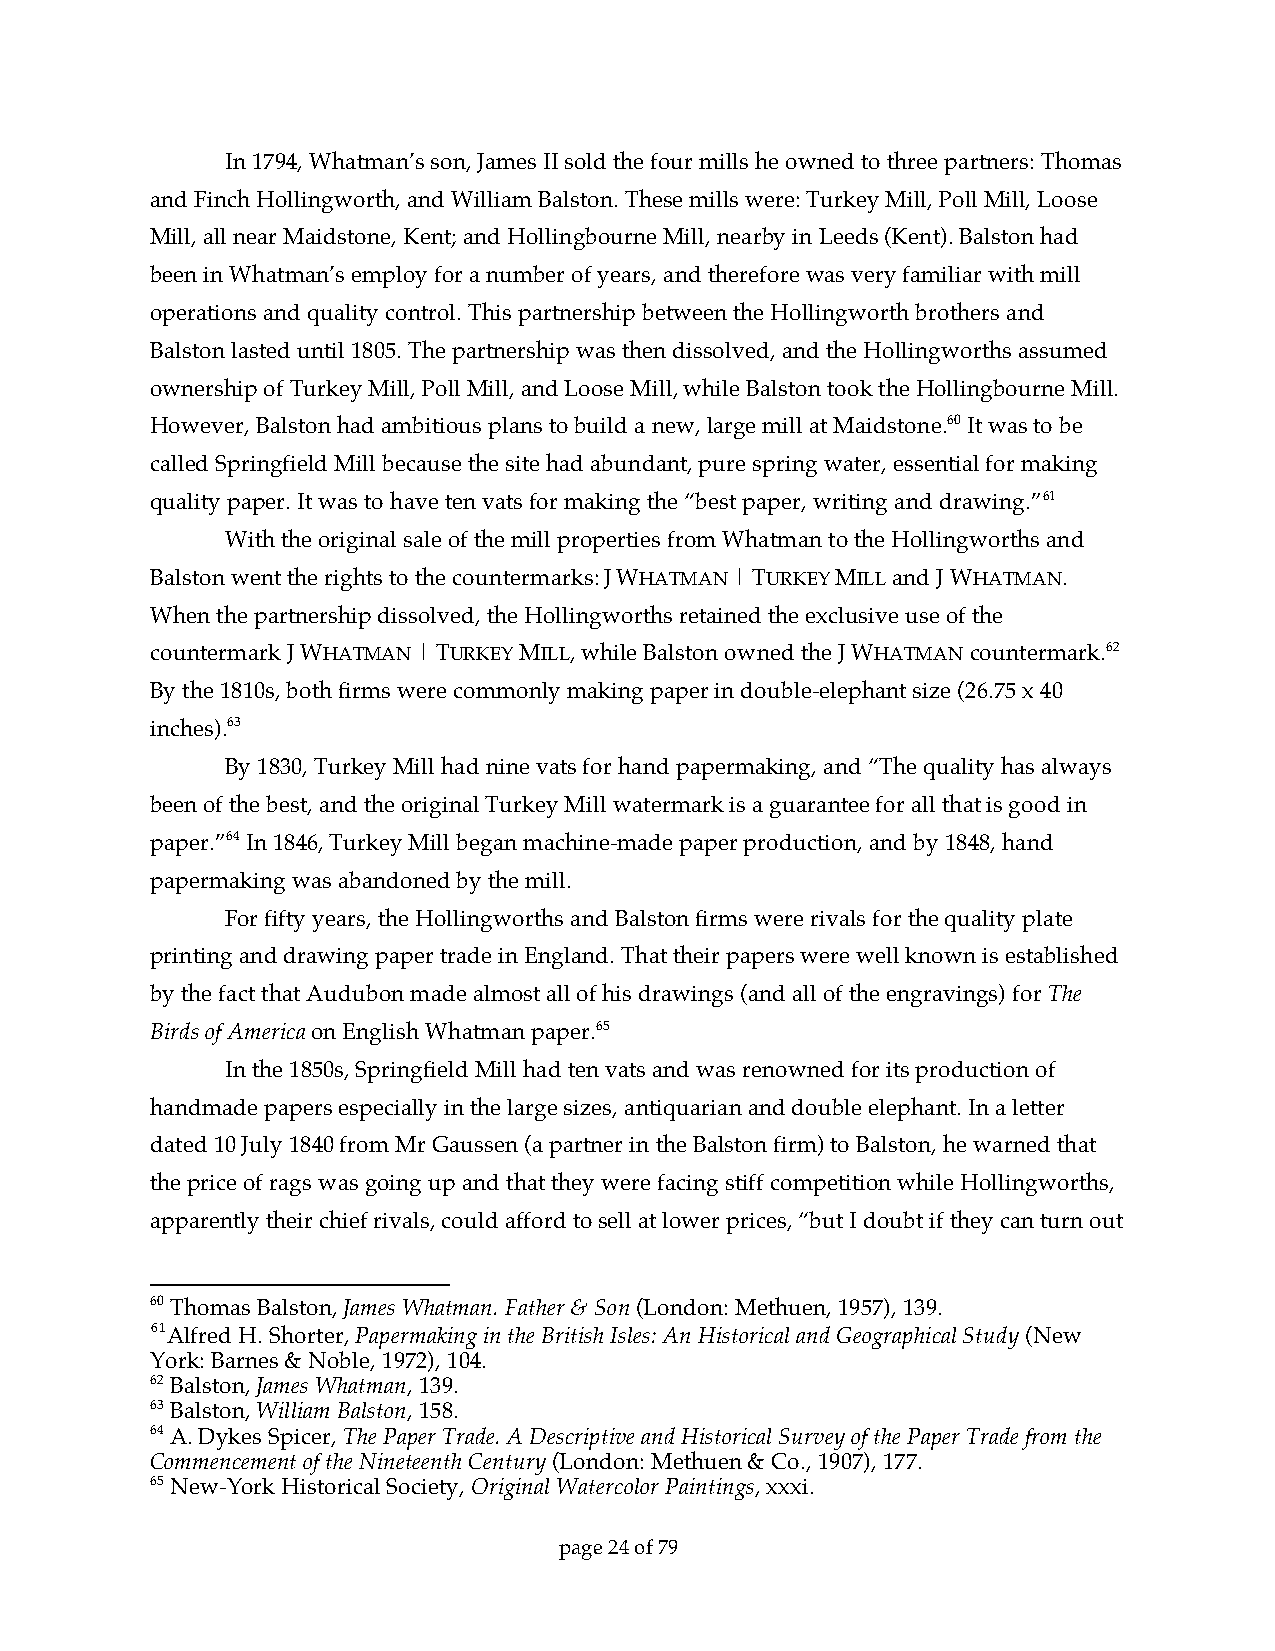
In 1794, Whatman’s son, James II sold the four mills he owned to three partners: Thomas
 and Finch Hollingworth, and William Balston. These mills were: Turkey Mill, Poll Mill, Loose
 Mill, all near Maidstone, Kent; and Hollingbourne Mill, nearby in Leeds (Kent). Balston had
 been in Whatman’s employ for a number of years, and therefore was very familiar with mill
 operations and quality control. This partnership between the Hollingworth brothers and
 Balston lasted until 1805. The partnership was then dissolved, and the Hollingworths assumed
 ownership of Turkey Mill, Poll Mill, and Loose Mill, while Balston took the Hollingbourne Mill.
 However, Balston had ambitious plans to build a new, large mill at Maidstone.60 It was to be
 called Springfield Mill because the site had abundant, pure spring water, essential for making
 quality paper. It was to have ten vats for making the “best paper, writing and drawing.”61
 With the original sale of the mill properties from Whatman to the Hollingworths and
 Balston went the rights to the countermarks: J WHATMAN | TURKEY MILL and J WHATMAN.
 When the partnership dissolved, the Hollingworths retained the exclusive use of the
 countermark J WHATMAN | TURKEY MILL, while Balston owned the J WHATMAN countermark.62
 By the 1810s, both firms were commonly making paper in double-elephant size (26.75 x 40
 inches).63
 By 1830, Turkey Mill had nine vats for hand papermaking, and “The quality has always
 been of the best, and the original Turkey Mill watermark is a guarantee for all that is good in
 paper.”64 In 1846, Turkey Mill began machine-made paper production, and by 1848, hand
 papermaking was abandoned by the mill.
 For fifty years, the Hollingworths and Balston firms were rivals for the quality plate
 printing and drawing paper trade in England. That their papers were well known is established
 by the fact that Audubon made almost all of his drawings (and all of the engravings) for The
 Birds of America on English Whatman paper.65
 In the 1850s, Springfield Mill had ten vats and was renowned for its production of
 handmade papers especially in the large sizes, antiquarian and double elephant. In a letter
 dated 10 July 1840 from Mr Gaussen (a partner in the Balston firm) to Balston, he warned that
 the price of rags was going up and that they were facing stiff competition while Hollingworths,
 apparently their chief rivals, could afford to sell at lower prices, “but I doubt if they can turn out
 60 Thomas Balston, James Whatman. Father & Son (London: Methuen, 1957), 139.
 61
 Alfred H. Shorter, Papermaking in the British Isles: An Historical and Geographical Study (New
 York: Barnes & Noble, 1972), 104.
 62 Balston, James Whatman, 139.
 63 Balston, William Balston, 158.
 64 A. Dykes Spicer, The Paper Trade. A Descriptive and Historical Survey of the Paper Trade from the
 Commencement of the Nineteenth Century (London: Methuen & Co., 1907), 177.
 65 New-York Historical Society, Original Watercolor Paintings, xxxi.
 page 24 of 79